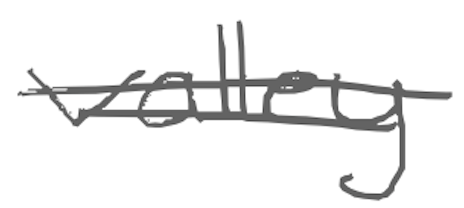
Text: valley
Cross-out: double-line
Writing tool: digital_gray